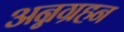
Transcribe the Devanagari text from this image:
अन्नग्रहन